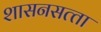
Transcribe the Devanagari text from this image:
शासनसत्‍ता